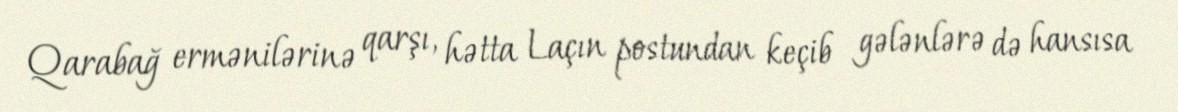
Qarabağ ermənilərinə qarşı, hətta Laçın postundan keçib gələnlərə də hansısa